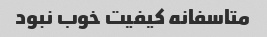
متاسفانه کیفیت خوب نبود